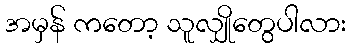
အမှန် ကတော့ သူလျှိုတွေပါလား